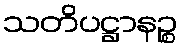
သတိပဋ္ဌာနဉ္စ